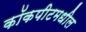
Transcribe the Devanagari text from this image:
कॉकपीटमधील